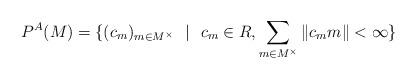
LaTeX: \begin{align*} P^{A}(M)=\{(c_{m})_{m \in M^{\times}} \ \ | \ \ c_{m} \in R, \sum_{m \in M^{\times}} \|c_{m}m\|<\infty \} \end{align*}